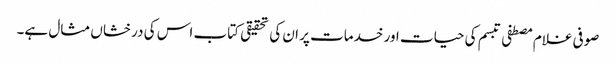
صوفی غلام مصطفی تبسم کی حیات اور خدمات پر ان کی تحقیقی کتاب اس کی درخشاں مثال ہے۔